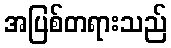
အပြစ်တရားသည်